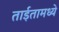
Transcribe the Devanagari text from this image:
ताईतामध्ये